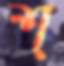
শ্